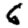
Digit: 6